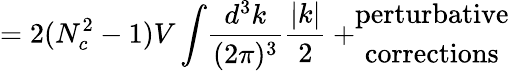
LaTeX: =2(N_{c}^{2}-1)V\int\! \frac{d^{3}k}{(2\pi)^{3}}\frac{|k|}{2}+\begin{array}{c}{{\mathrm{perturbative}}}\\ {{\mathrm{corrections}}}\end{array}